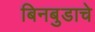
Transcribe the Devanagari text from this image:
बिनबुडाचे